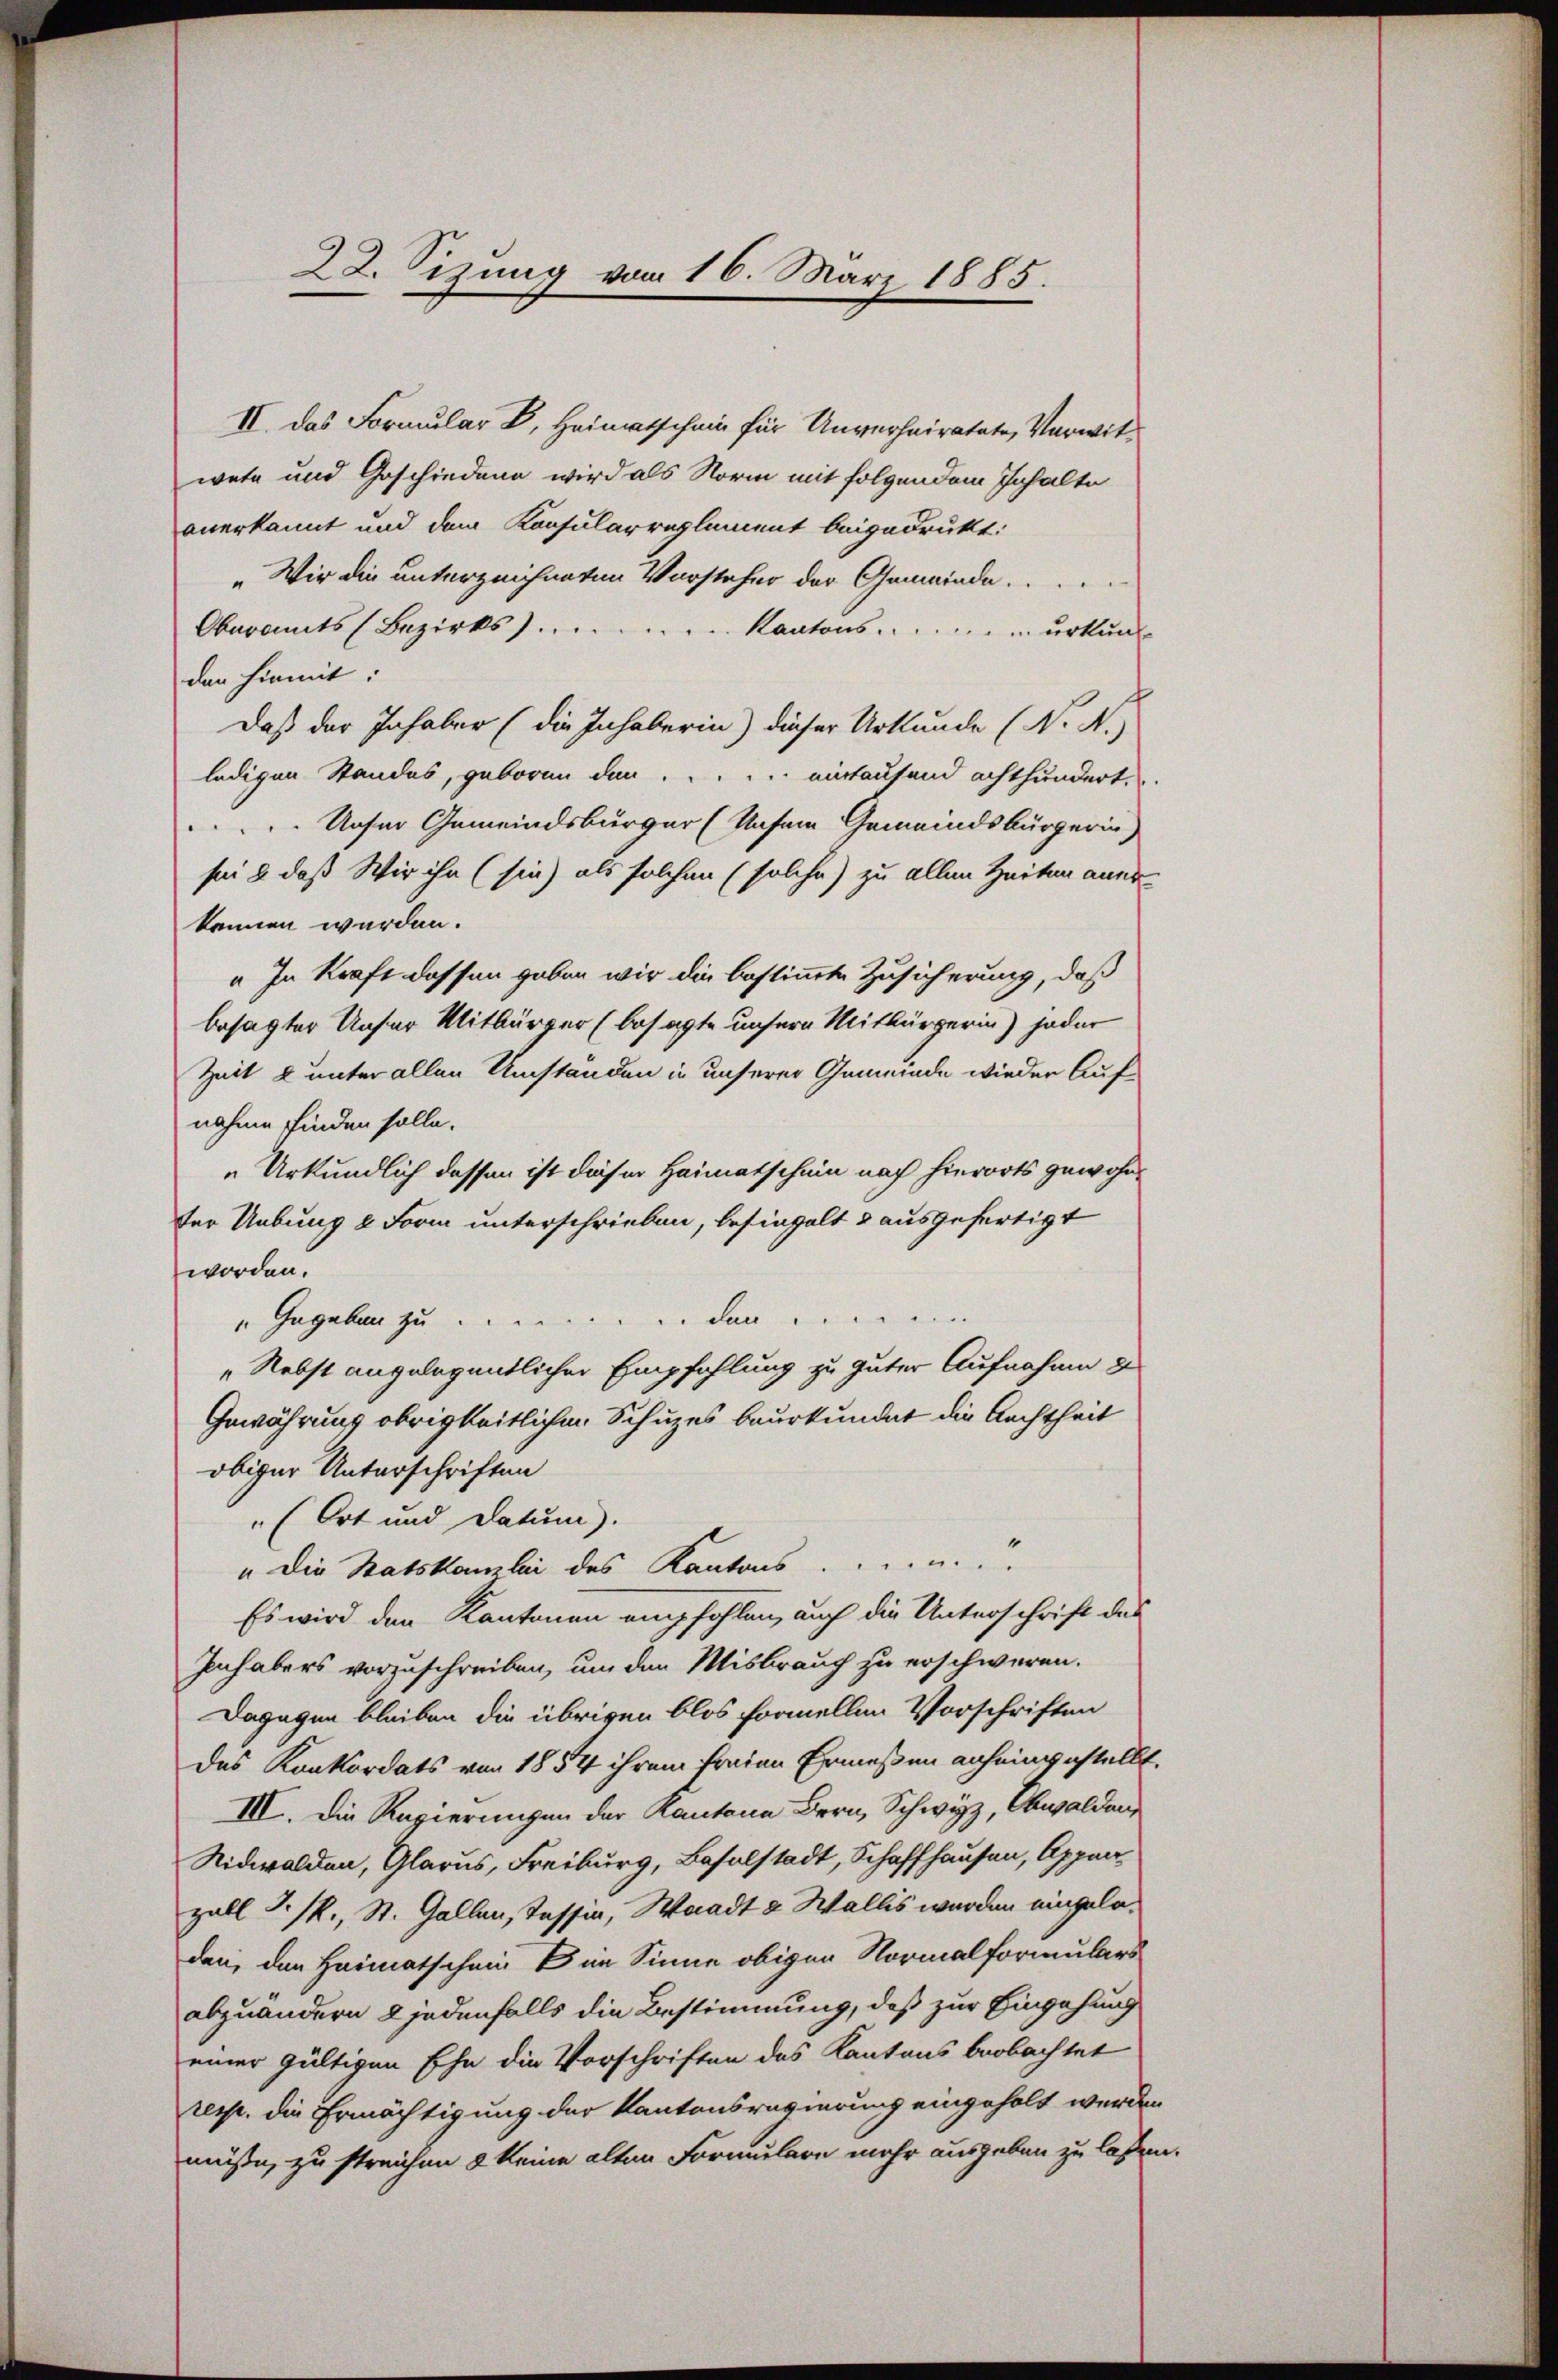
22. Sizung vom 16. März 1885.

II. Das Formular B. Heimatschein für Unverheiratete, Verwitwete und Geschiedene wird als Norm mit folgendem Inhalte
anerkannt und dem Konsularreglement beigedrukt:
„Wir die unterzeichneten Vorsteher der Gemeinde.
Oberamts (Bezirks).
Kantons.
urkunde
den hiemit:
Daß der Inhaber (die Inhaberin) dieser Urkunde (N. N.
ledigen Standes, geboren den .... eintausend achthundert.
Unser Gemeindsbürger (Unsern Gemeindsbürgerin
sei & daß Wir ihn (sie) als solchen (solche) zu allen Zeiten aner-
können werden.
„In Kraft dessen geben wir die bestimmte Zusicherung, daß
besagter Unser Mitbürger (besagte unsere Mitbürgerin) jeder
Zeit & unter allen Umständen in unserer Gemeinde wieder Aufnahme finden solle.
„Urkundlich dessen ist dieser Heimatschein nach hierorts gewohnter Uebung 2 Form unterschrieben, besingelt & ausgefertigt
worden.
"Gegeben zu den
„Nebst angelegentlicher Empfehlung zu guter Aufnahme de
Gewährung obrigkeitlichen Schuzes beurkundet die Aechtheit
obiger Unterschriften
" (Ort und Datum).
“
" die Statskanzlei des Kantons.  .. ...
Es wird den Kantonen empfohlen, auch die Unterschrift des
Inhabers vorzuschreiben, um den Misbrauch zu erschweren.
Dagegen bleiben die übrigen blos formellen Vorschriften
das Konkordats von 1854 ihrem freien Ermessen anheingestellt.
III. Die Regierungen der Kantone Bern, Schwyz, Obwalden,
Nidwalden, Glarus, Freiburg, Baselstadt, Schaffhausen, Appuer
zabl. J. R., St. Gallen, Tessin, Waadt & Wallis wurden eingeladen, den Heimatschein k im Sinne obigen Normalformulars
abzuändern 2 jedenfalls die Bestimmung, daß zur Eingehung
einer gültigen Ehe die Vorschriften des Kantons beobachtet
resp. die Ermächtigung der Kantonsregierung eingeholt werden
müsse, zu streichen 8 keine alten Formulare mehr ausgeben zu lassen.